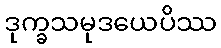
ဒုက္ခသမုဒယေပိဿ